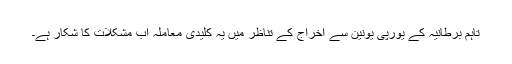
تاہم برطانیہ کے یورپی یونین سے اخراج کے تناظر میں یہ کلیدی معاملہ اب مشکلات کا شکار ہے۔